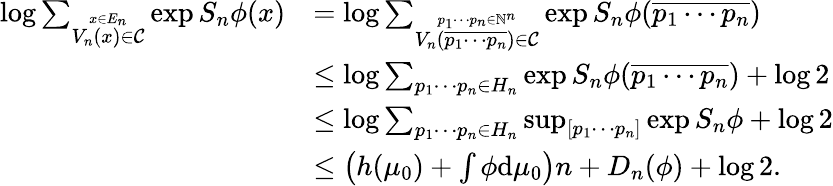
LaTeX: \begin{array}{rl}{\log\sum_{\stackrel{x\in E_{n}}{V_{n}(x)\in\mathcal C}}\exp S_{n}\phi(x)}&{=\log\sum_{\stackrel{p_{1}\cdots p_{n}\in\mathbb N^{n}}{V_{n}(\overline{{p_{1}\cdots p_{n}}})\in\mathcal C}}\exp S_{n}\phi(\overline{{p_{1}\cdots p_{n}}})}\\ &{\leq\log\sum_{p_{1}\cdots p_{n}\in H_{n}}\exp S_{n}\phi(\overline{{p_{1}\cdots p_{n}}})+\log 2}\\ &{\leq\log\sum_{p_{1}\cdots p_{n}\in H_{n}}\operatorname*{sup}_{[p_{1}\cdots p_{n}]}\exp S_{n}\phi+\log 2}\\ &{\leq\left(h(\mu_{0})+\int\phi\mathrm{d}\mu_{0}\right)n+D_{n}(\phi)+\log 2.}\end{array}